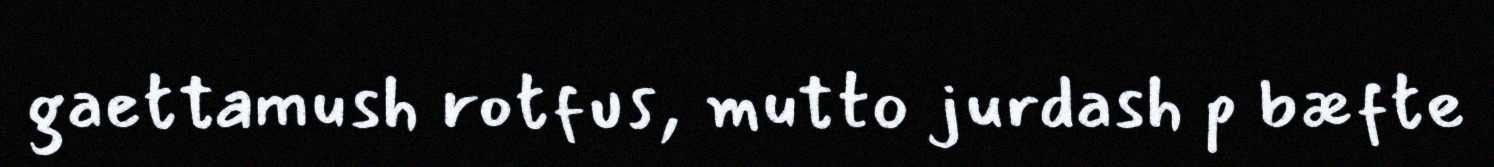
gaettamush rotfus, mutto jurdash p bæfte